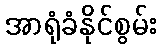
အာရုံခံနိုင်စွမ်း